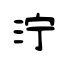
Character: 泞